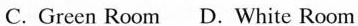
C.Green Room D.White Room